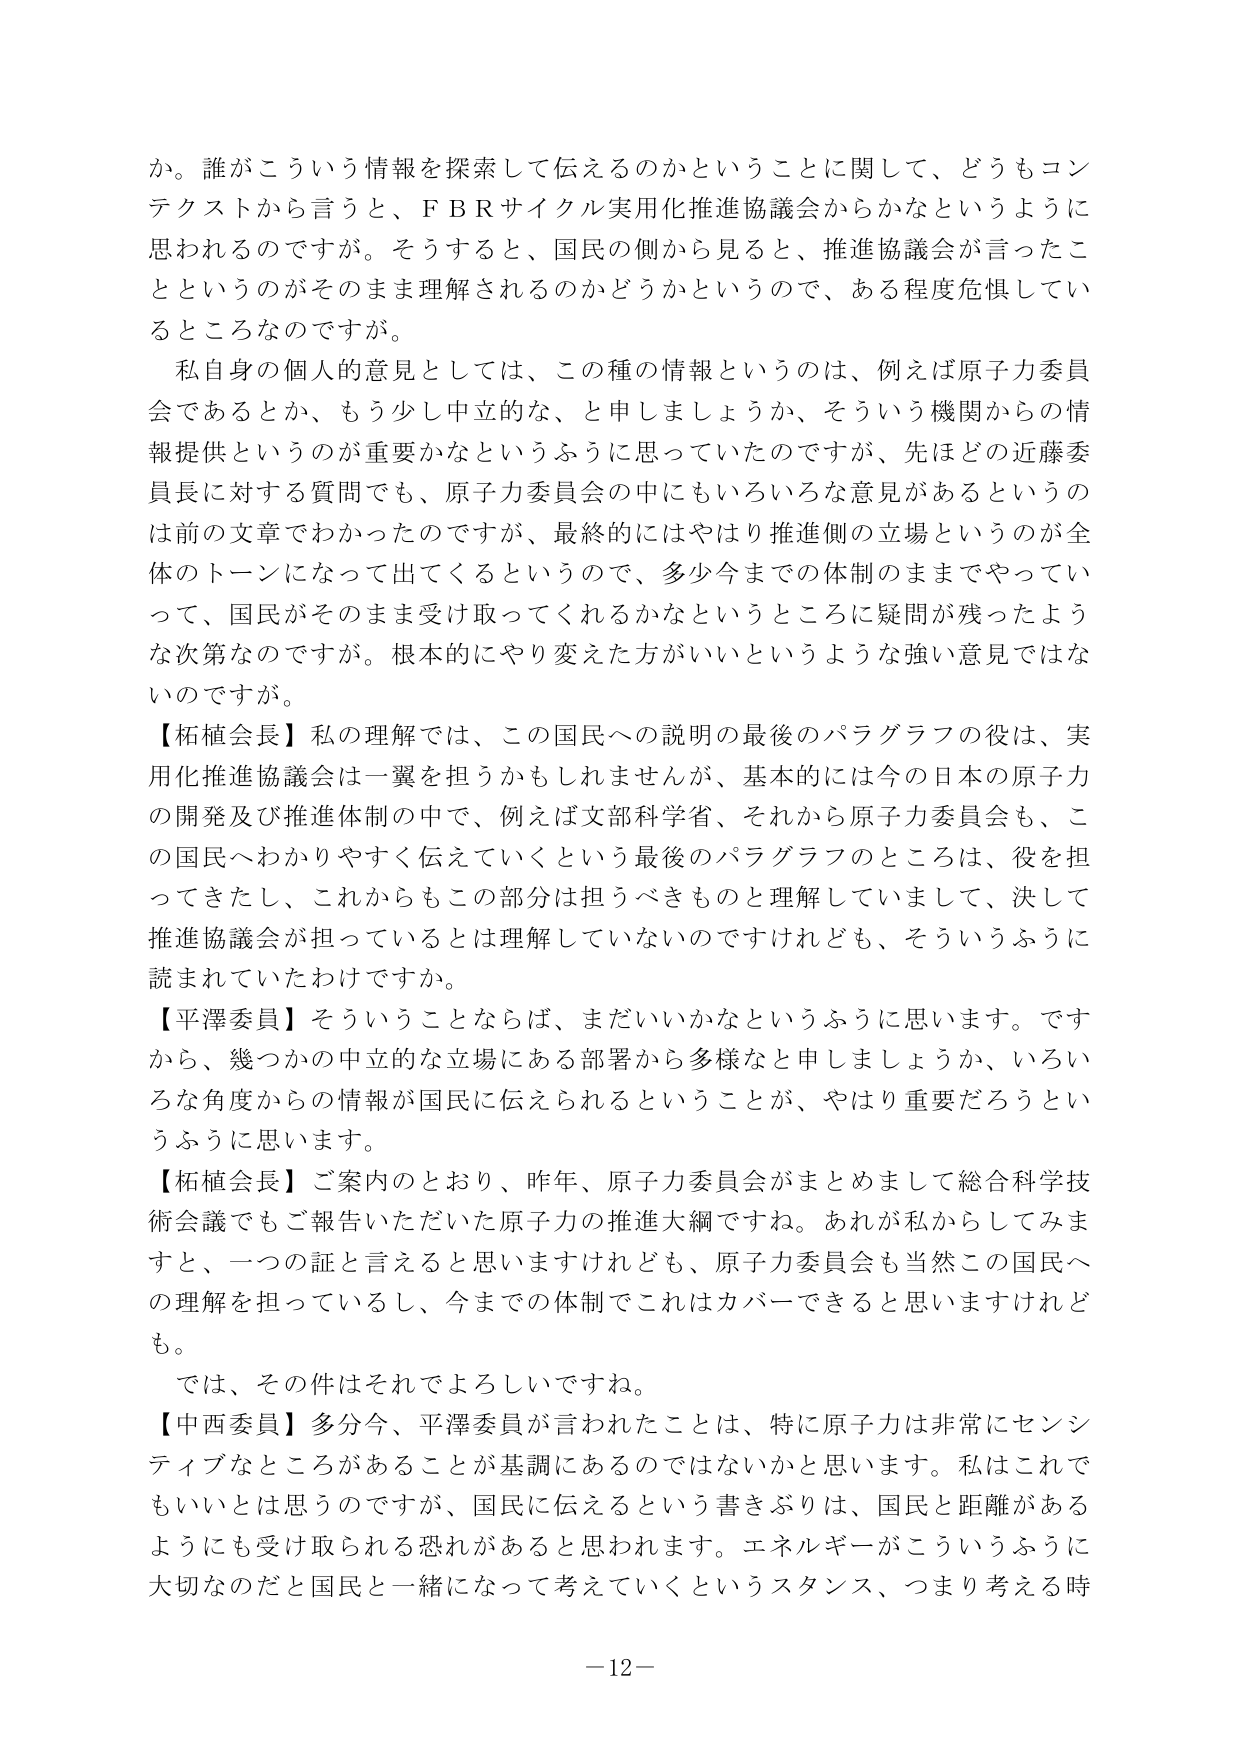
か。誰がこういう情報を探索して伝えるのかということに関して、どうもコンテクストから言うと、ＦＢＲサイクル実用化推進協議会からかなというように思われるのですが。そうすると、国民の側から見ると、推進協議会が言ったことというのがそのまま理解されるのかどうかというので、ある程度危惧しているところなのですが。

私自身の個人的意見としては、この種の情報というのは、例えば原子力委員会であるとか、もう少し中立的な、と申しましょうか、そういう機関からの情報提供というのが重要かなというふうに思っていたのですが、先ほどの近藤委員長に対する質問でも、原子力委員会の中にもいろいろな意見があるというのは前の文章でわかったのですが、最終的にはやはり推進側の立場というのが全体のトーンになって出てくるというので、多少今までの体制のままでやっていって、国民がそのまま受け取ってくれるかなというところに疑問が残ったような次第なのですが。根本的にやり変えた方がいいというような強い意見ではないのですが。

【柘植会長】私の理解では、この国民への説明の最後のパラグラフの役は、実用化推進協議会は一翼を担うかもしれませんが、基本的には今の日本の原子力の開発及び推進体制の中で、例えば文部科学省、それから原子力委員会も、この国民へわかりやすく伝えていくという最後のパラグラフのところは、役を担ってきたし、これからもこの部分は担うべきものと理解していまして、決して推進協議会が担っているとは理解していないのですけれども、そういうふうに読まれていたわけですか。

【平澤委員】そういうことならば、まだいいかなというふうに思います。ですから、幾つかの中立的な立場にある部署から多様なと申しましょうか、いろいろな角度からの情報が国民に伝えられるということが、やはり重要だろうというふうに思います。

【柘植会長】ご案内のとおり、昨年、原子力委員会がまとめまして総合科学技術会議でもご報告いただいた原子力の推進大綱ですね。あれが私からしてみますと、一つの証と言えると思いますけれども、原子力委員会も当然この国民への理解を担っているし、今までの体制でこれはカバーできると思いますけれども。

では、その件はそれでよろしいですね。

【中西委員】多分今、平澤委員が言われたことは、特に原子力は非常にセンシティブなところがあることが基調にあるのではないかと思います。私はこれでもいいとは思うのですが、国民に伝えるという書きぶりは、国民と距離があるようにも受け取られる恐れがあると思われます。エネルギーがこういうふうに大切なのだと国民と一緒になって考えていくというスタンス、つまり考える時

－12－